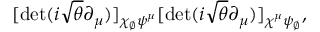
[ \operatorname * { d e t } ( i \sqrt { \theta } \partial _ { \mu } ) ] _ { \chi _ { \scriptscriptstyle \emptyset } \psi ^ { \mu } } [ \operatorname * { d e t } ( i \sqrt { \theta } \partial _ { \mu } ) ] _ { \chi ^ { \mu } \psi _ { \scriptscriptstyle \emptyset } } ,